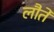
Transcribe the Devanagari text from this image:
लौते